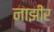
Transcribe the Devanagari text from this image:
नाझीर